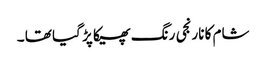
شام کا نارنجی رنگ پھیکا پڑ گیا تھا ۔